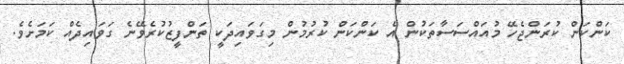
ކަންކަން ކުރަންޖެހޭ މުއައްސަސާތަކުން އެ ކަންކަން ކުރުމުން މިގަވައިދަކީ ތަންފީޒުކުރެވޭނެ ގަވައިދެއް ކަަމަށެވެ.